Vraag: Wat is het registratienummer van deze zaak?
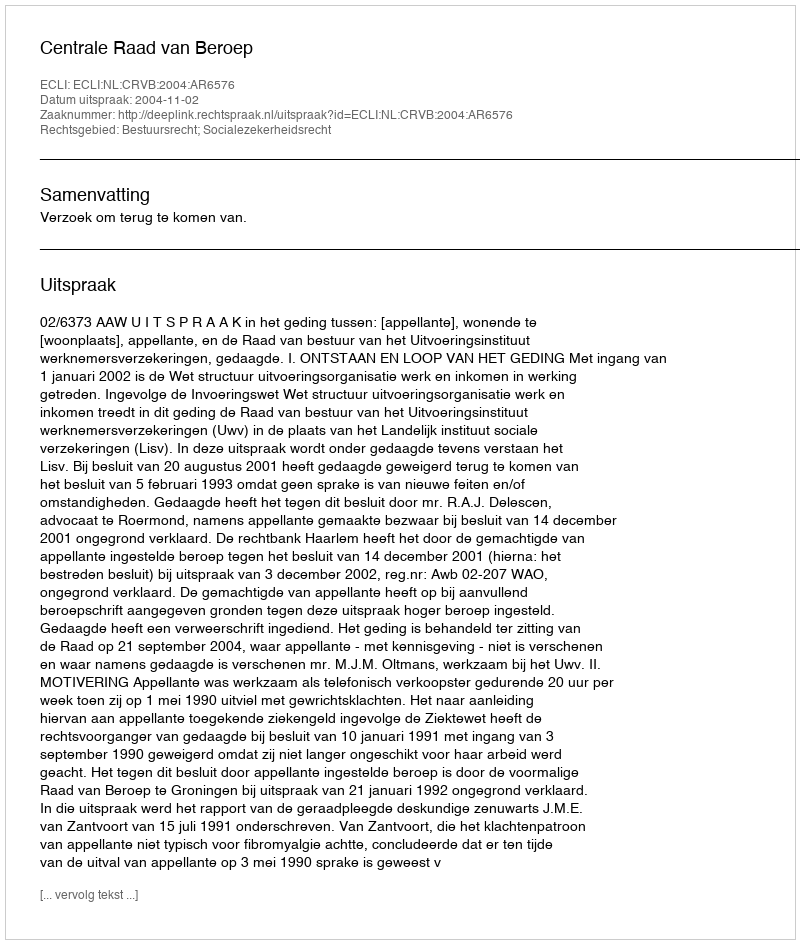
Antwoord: http://deeplink.rechtspraak.nl/uitspraak?id=ECLI:NL:CRVB:2004:AR6576